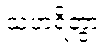
သံဟရိတွာ